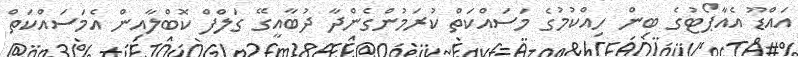
އައްޑޫ އެއާޕޯޓުގެ ބިން ހިއްކުމުގެ މަސައްކަތް ކުރަމުންގެންދާ ދުބާއީގޭ ގަލްފް ކޮބްލާއިން އެމަސައްކަތް